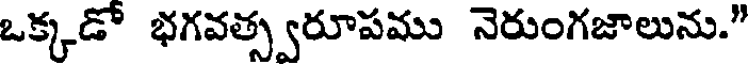
ఒక్కడో భగవత్స్వరూపము నెరుంగజాలును."